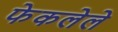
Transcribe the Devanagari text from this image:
फेकलेले